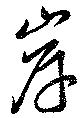
岸